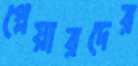
প্লেয়ারদের